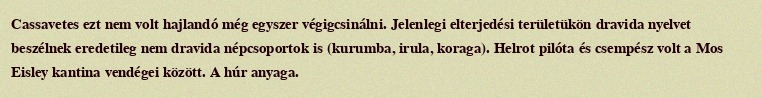
Cassavetes ezt nem volt hajlandó még egyszer végigcsinálni. Jelenlegi elterjedési területükön dravida nyelvet beszélnek eredetileg nem dravida népcsoportok is (kurumba, irula, koraga). Helrot pilóta és csempész volt a Mos Eisley kantina vendégei között. A húr anyaga.